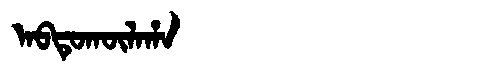
Manchu: ᠠᠪᡨᡠᡴᡡᠯᠠᡥᠠ
Romanization: ABTUKŪLAHA